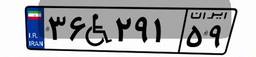
۸۷W۰۴۵۴۷